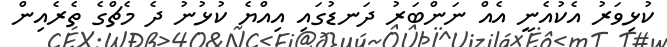
ކުޅިވަރު އެކުއެނީ އެއް ނަންބަރު ދަނޑުގައި އިއްޔެ ކުޅުނު ދެ މެޗްގެ ތެރެއިން